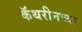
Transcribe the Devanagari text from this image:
कॅथरीनच्या